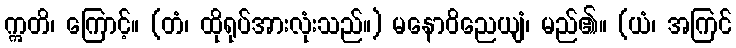
ဣတိ၊ ကြောင့်။ (တံ၊ ထိုရုပ်အားလုံးသည်။) မနောဝိညေယျံ၊ မည်၏။ (ယံ၊ အကြင်